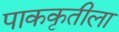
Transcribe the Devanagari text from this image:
पाककृतीला